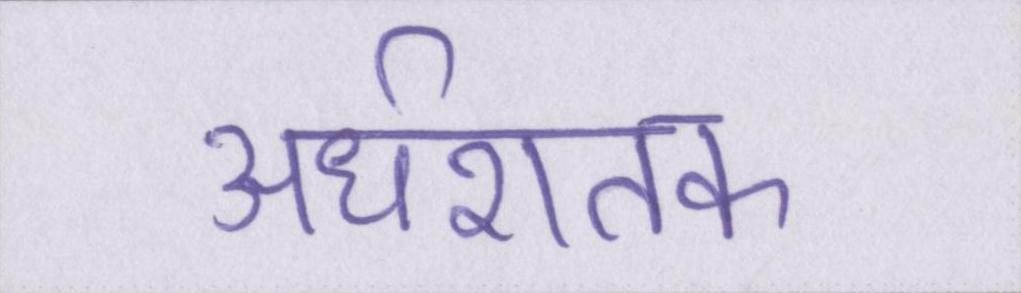
अर्धशतक